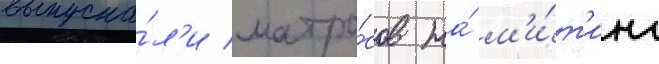
выпуска́л'и матро́сов на́ м'и́т'инг